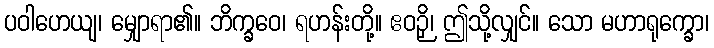
ပဝါဟေယျ၊ မျှောရာ၏။ ဘိက္ခဝေ၊ ရဟန်းတို့။ ဧဝဉှိ၊ ဤသို့လျှင်။ သော မဟာရုက္ခော၊